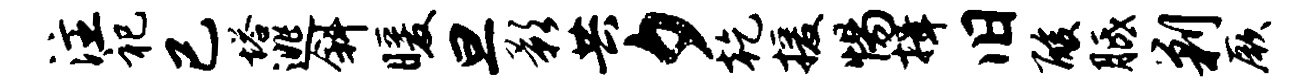
注祀已塔逃斜暖旦影共夕乾援惕揖旧酸胝剿厥